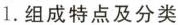
1.组成特点及分类组